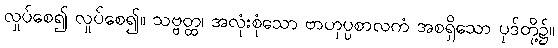
လှုပ်စေ၍ လှုပ်စေ၍။ သဗ္ဗတ္ထ၊ အလုံးစုံသော ဗာဟုပ္ပစာလကံ အစရှိသော ပုဒ်တို့၌။